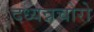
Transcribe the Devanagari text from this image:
दध्यन्नचोरो